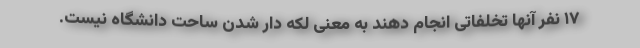
۱۷ نفر آنها تخلفاتی انجام دهند به معنی لکه دار شدن ساحت دانشگاه نیست.